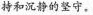
持和沉静的坚守。